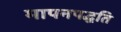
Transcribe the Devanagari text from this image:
मापनपद्धति